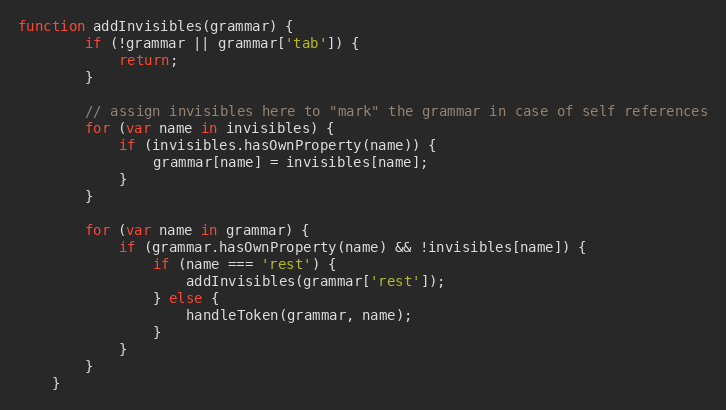
Language: JavaScript
function addInvisibles(grammar) {
		if (!grammar || grammar['tab']) {
			return;
		}

		// assign invisibles here to "mark" the grammar in case of self references
		for (var name in invisibles) {
			if (invisibles.hasOwnProperty(name)) {
				grammar[name] = invisibles[name];
			}
		}

		for (var name in grammar) {
			if (grammar.hasOwnProperty(name) && !invisibles[name]) {
				if (name === 'rest') {
					addInvisibles(grammar['rest']);
				} else {
					handleToken(grammar, name);
				}
			}
		}
	}